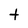
Character: t